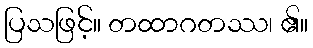
ပြသဖြင့်။ တထာဂတဿ၊ ၏။